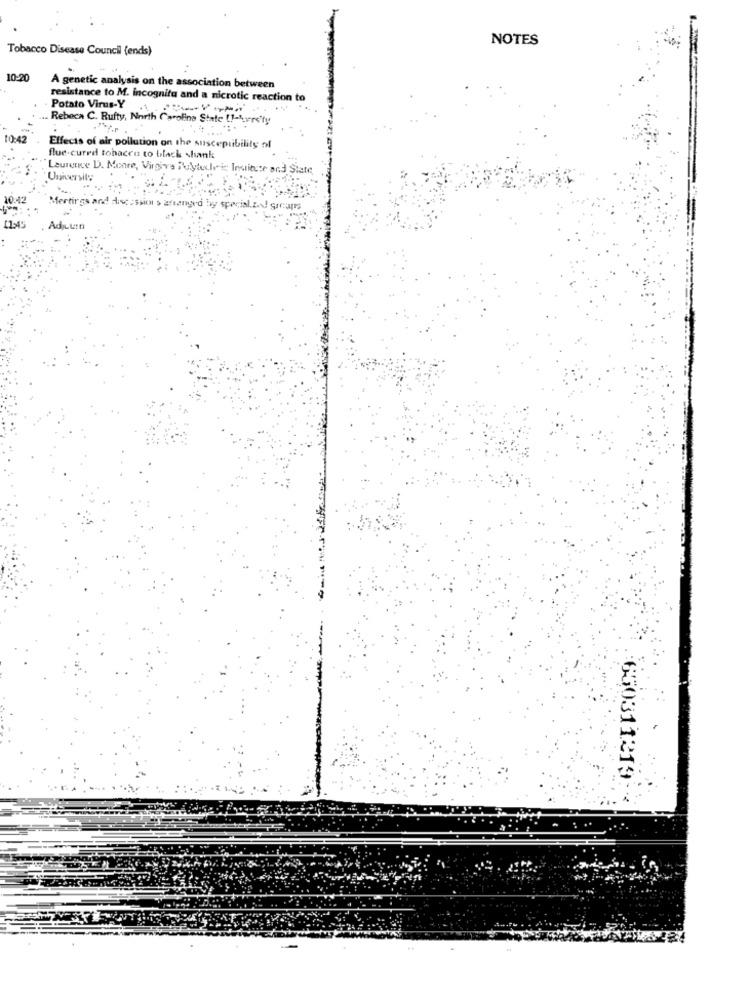
NOTES
Tobacco Disease Council (ends)
10-20
A genetic analysis on the association between
resistance to M. incognita and a nicrotic reaction to
Potato Virus-Y
Rebeca C. Rufty, North Carolina State ( !- kurs'fy
10:4
Effects of air pollution on the susceptibility of
flue-cured tobacco to black shank
Laurence D. Moore, Virgiva Polytele is Institute and State,
University
fertirgs and discussions arranged by special.z .! grams
:650311219